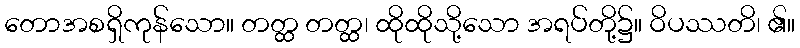
တောအစရှိကုန်သော။ တတ္ထ တတ္ထ၊ ထိုထိုသို့သော အရပ်တို့၌။ ဝိပဿတိ၊ ၏။